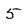
Character: 5